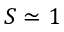
S \simeq 1